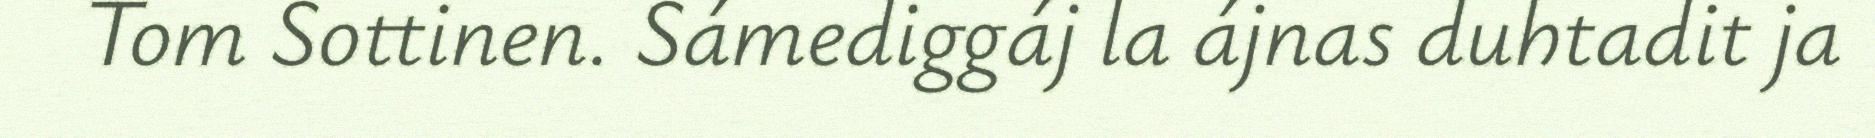
Tom Sottinen. Sámediggáj la ájnas duhtadit ja